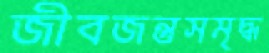
জীবজন্তুসমৃদ্ধ